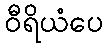
ဝီရိယံပေ